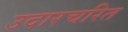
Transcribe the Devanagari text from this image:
उदारचरित